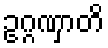
ဥဂ္ဂဏှာတိ